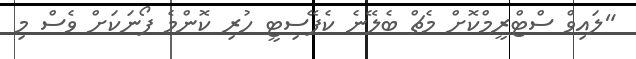
"ލައިވް ސްޓްރީމްކޮށް މެޗް ބެލޭނެ ކެޕޭސިޓީ ހުރި ކޮންމެ ފޯނަކަށް ވެސް މި